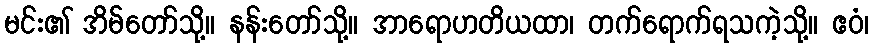
မင်း၏ အိမ်တော်သို့။ နန်းတော်သို့။ အာရောဟတိယထာ၊ တက်ရောက်ရသကဲ့သို့။ ဧဝံ၊